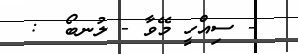
- ސިއްހީ މޭވާ - ލުނބޯ  :